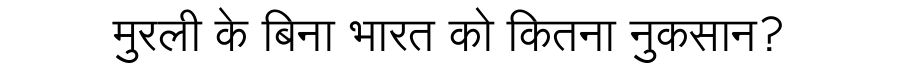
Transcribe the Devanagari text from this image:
मुरली के बिना भारत को कितना नुकसान?